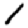
Digit: 1